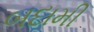
બદામી